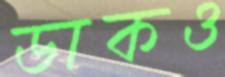
ডাকও